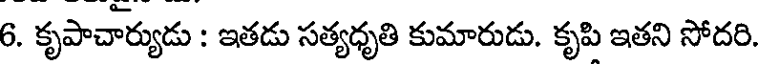
6. కృపాచార్యుడు : ఇతడు సత్యధృతి కుమారుడు. కృపి ఇతని సోదరి.